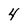
Character: 4